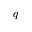
q